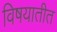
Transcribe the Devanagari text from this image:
विषयातीत